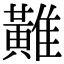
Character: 𪏌